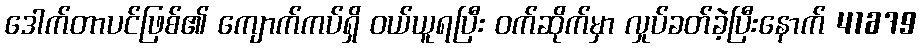
ဒေါက်တာပင်ဖြစ်၏ ကျောက်ကပ်ရှိ ဝယ်ယူရပြီး ဝက်ဆိုက်မှာ လှုပ်ခတ်ခဲ့ပြီးနောက် 41679